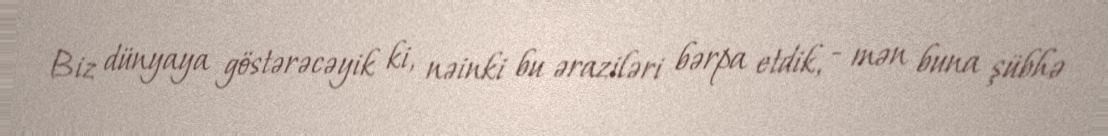
Biz dünyaya göstərəcəyik ki, nəinki bu əraziləri bərpa etdik, - mən buna şübhə